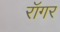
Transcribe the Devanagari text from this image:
रॉगर